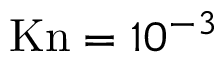
\mathrm { K n } = 1 0 ^ { - 3 }